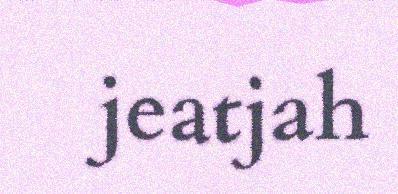
jeatjah